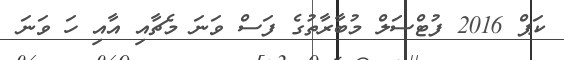
ކަޕް 2016 ފުޓްސަލް މުބާރާތުގެ ފަސް ވަނަ މެޗާއި އާއި ހަ ވަނަ